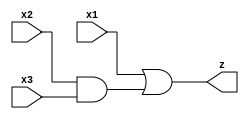
module circuit05(x1, x2, x3, z);
input x1, x2, x3;
output z;
wire w;

    and a(w, x2, x3);
    or b(z, x1, w);

endmodule